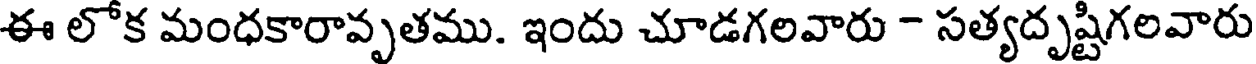
ఈ లోక మంధకారావృతము. ఇందు చూడగలవారు - సత్యదృష్టిగలవారు